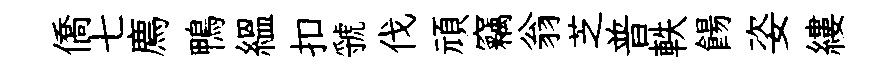
僑七廌鴨緼扣虢伐頑竊翁芝普軼餳姿縷